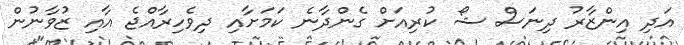
އަދި އިންޒާރު ދިނަސް ޝޯ ކުރިއަށް ގެންދާނެ ކަމަށާއި ދިވެހިރާއްޖެ އާއި ޒުވާނުން